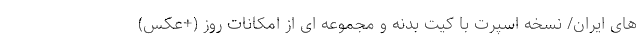
های ایران/ نسخه اسپرت با کیت بدنه و مجموعه ای از امکانات روز (+عکس)